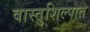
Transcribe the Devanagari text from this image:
वास्तुशिल्पात